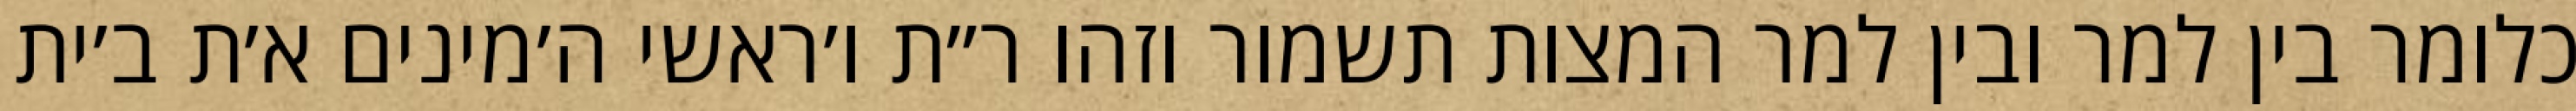
כלומר בין למר ובין למר המצות תשמור וזהו ר״ת ו׳ראשי ה׳מינים א׳ת ב׳ית